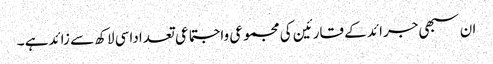
ان سبھی جرائد کے قارئین کی مجموعی واجتماعی تعداداسی لاکھ سے زائدہے ۔